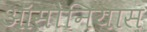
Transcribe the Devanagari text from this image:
ऑसोनियास